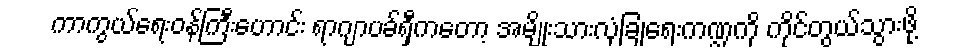
ကာကွယ်ရေးဝန်ကြီးဟောင်း ရာဂျာပခ်ရှီကတော့ အမျိုးသားလုံခြုံရေးကဏ္ဍကို ကိုင်တွယ်သွားဖို့